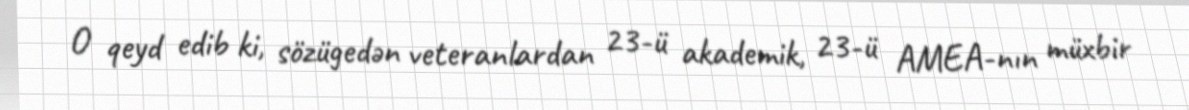
O qeyd edib ki, sözügedən veteranlardan 23-ü akademik, 23-ü AMEA-nın müxbir